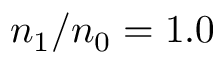
n _ { \mathrm { 1 } } / n _ { \mathrm { 0 } } = 1 . 0